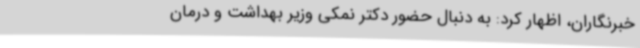
خبرنگاران، اظهار کرد: به دنبال حضور دکتر نمکی وزیر بهداشت و درمان